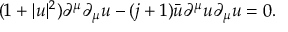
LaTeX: ( 1 + | u | ^ { 2 } ) \partial ^ { \mu } \partial _ { \mu } u - ( j + 1 ) \bar { u } \partial ^ { \mu } u \partial _ { \mu } u = 0 .